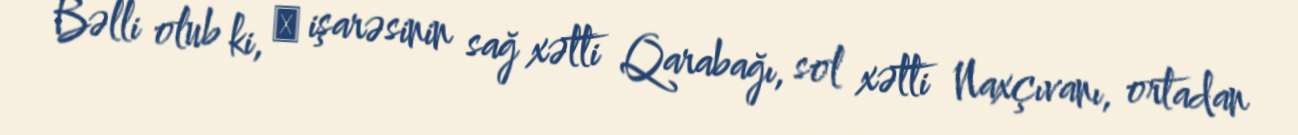
Bəlli olub ki, ∀ işarəsinin sağ xətti Qarabağı, sol xətti Naxçıvanı, ortadan